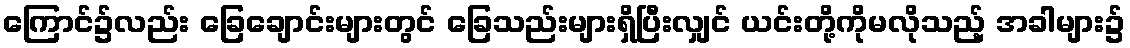
ကြောင်၌လည်း ခြေချောင်းများတွင် ခြေသည်းများရှိပြီးလျှင် ယင်းတို့ကိုမလိုသည့် အခါများ၌